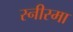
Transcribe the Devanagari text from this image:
स्नीस्मा